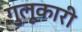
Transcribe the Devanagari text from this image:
गुलूकारी